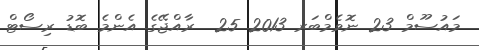
މައުސޫމް 23 ނޮވެމްބަރ 2013 25  ރާއްޖޭގެ އެންމެ ބޮޑު ރިސޯޓް